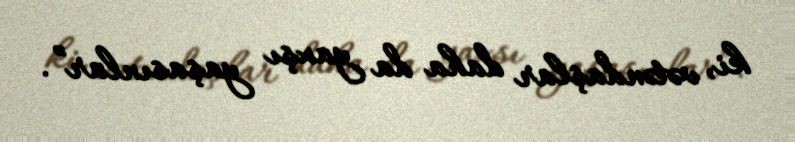
ki, vətəndaşlar daha da yaxşı yaşasınlar”.